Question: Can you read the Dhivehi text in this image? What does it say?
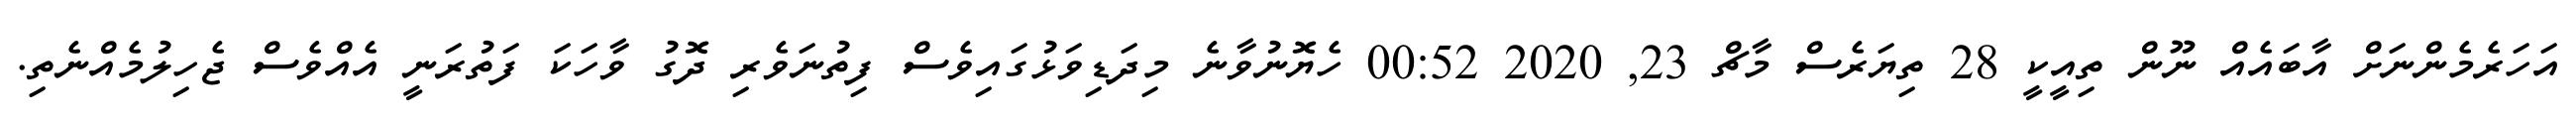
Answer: އަހަރެމެންނަށް އާބައެއް ނޫން ތިއީކީ 28 ތިޔަރެސް މާޗް 23, 2020 00:52 ހެޔޮނުވާނެ މިދަޑިވަޅުގައިވެސް ފިތުނަވެރި ދޮގު ވާހަކަ ފަތުރަނީ އެއްވެސް ޖެހިލުމެއްނެތި.